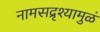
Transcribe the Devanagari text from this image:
नामसद्रृश्यामुळं